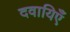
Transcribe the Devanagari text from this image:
दवायिएँ